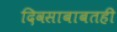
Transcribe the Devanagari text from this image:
दिवसाबाबतही